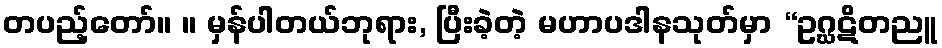
တပည့်တော်။ ။ မှန်ပါတယ်ဘုရား, ပြီးခဲ့တဲ့ မဟာပဒါနသုတ်မှာ “ဥဂ္ဃဋိတညူ